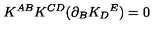
K ^ { A B } K ^ { C D } ( \partial _ { B } K _ { D } { } ^ { E } ) = 0